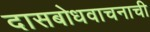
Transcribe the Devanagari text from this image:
दासबोधवाचनाची